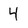
Character: 4